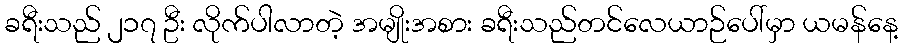
ခရီးသည် ၂၁၇ ဦး လိုက်ပါလာတဲ့ အမျိုးအစား ခရီးသည်တင်လေယာဉ်ပေါ်မှာ ယမန်နေ့